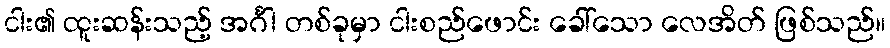
ငါး၏ ထူးဆန်းသည့် အင်္ဂါ တစ်ခုမှာ ငါးစည်ဖောင်း ခေါ်သော လေအိတ် ဖြစ်သည်။